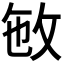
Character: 𢼏